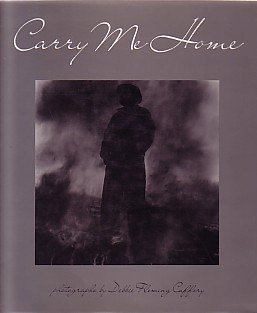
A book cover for Carry Me Home; Debbie Fleming Caffery; Travel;